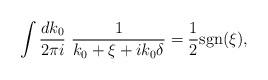
LaTeX: \begin{align*}\int \frac{dk_{0} }{2\pi i}\ \frac{1}{k_{0} +\xi + ik_{0} \delta} =\frac{1}{2} {\rm sgn} (\xi ), \end{align*}